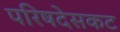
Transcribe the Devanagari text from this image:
परिषदेसकट